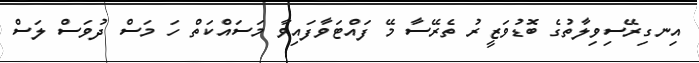
އިނގިރޭސިވިލާތުގެ ބޮޑުވަޒީރު ތެރޭސާ މޭ ފައްޓަވާފައިވާ މަސައްކަތް ހަ މަސް ދުވަސް ލަސް